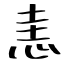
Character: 恚